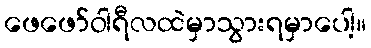
ဖေဖော်ဝါရီလထဲမှာသွားရမှာပေါ့။